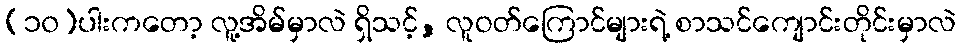
(၁၀)ပါးကတော့ လူ့အိမ်မှာလဲ ရှိသင့်, လူဝတ်ကြောင်များရဲ့ စာသင်ကျောင်းတိုင်းမှာလဲ